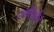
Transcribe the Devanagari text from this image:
वर्गांपर्यंत